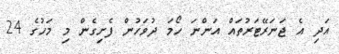
އަދި އެ ޖަނަރޭޓަރުތައް އަންނަ ހޯމަ ދުވަހުން ފެށިގެން މި މަހުގެ 24